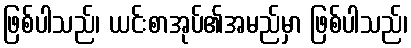
ဖြစ်ပါသည်၊ ယင်းစာအုပ်၏အမည်မှာ ဖြစ်ပါသည်၊